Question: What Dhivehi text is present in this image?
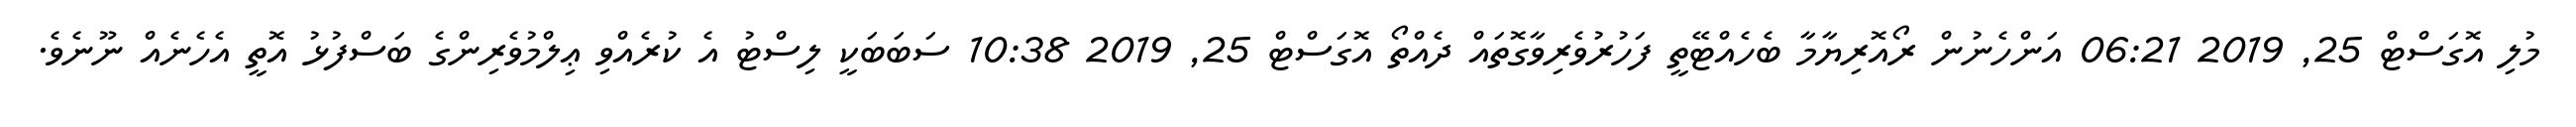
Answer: މުލި އޮގަސްޓް 25, 2019 06:21 އަންހެނުން ރޯއޮރިޔާމާ ބެހެއްޓޭތީ ފަހުރުވެރިވާގޮތައް ދެއްތޯ އޮގަސްޓް 25, 2019 10:38 ސަބަބަކީ ލިސްޓު އެ ކުރެއްވި ޢިލްމުވެރިންގެ ބަސްފުޅު އޮތީ އެހެނެއް ނޫނެވެ.